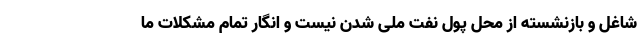
شاغل و بازنشسته از محل پول نفت ملی شدن نیست و انگار تمام مشکلات ما